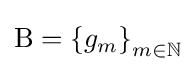
\mathrm {B} =\left\{g_{m}\right\}_{m\in \mathbb {N} }